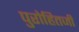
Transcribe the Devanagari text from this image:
पुरोहितजी